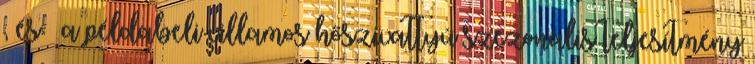
, és – a példabeli villamos hőszivattyú szezonális teljesítmény